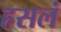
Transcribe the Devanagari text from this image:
हसलं